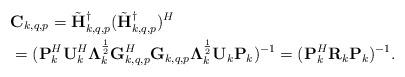
LaTeX: \begin{align*}&\mathbf{C}_{k,q,p}= \tilde{\mathbf{H}}_{k,q,p}^{\dagger} (\tilde{\mathbf{H}}_{k,q,p}^{\dagger} )^H\\ &= ( \mathbf{P}_k^H\mathbf{U}_k^H\mathbf{\Lambda}_k^{\frac{1}{2}} \mathbf{G}_{k,q,p}^H \mathbf{G}_{k,q,p}\mathbf{\Lambda}_k^{\frac{1}{2}}\mathbf{U}_k \mathbf{P}_k)^{-1}= ( \mathbf{P}_k^H \mathbf{R}_k \mathbf{P}_k)^{-1}.\end{align*}